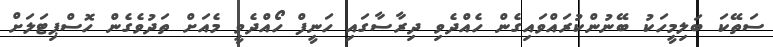
ސަތޭކަ ބަލިމީހަކު ބޭނުންކުރައްވައިގެން ހެއްދެވި ދިރާސާގައި ހަނީފް ހޯއްދެވީ މެއަށް ތަދުވެގެން ހޮސްޕިޓަލަށް